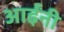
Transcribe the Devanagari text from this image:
आईंनी